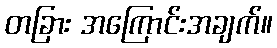
တခြား အကြောင်းအချက်။